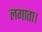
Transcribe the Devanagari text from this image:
लगाता।